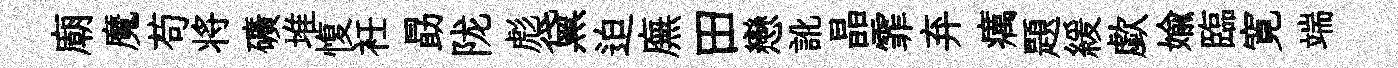
廟魔苟将礦堆愎衽勗陇彪黛迫廡田戀訛晶霏弃癘題緩歔媮臨寛端